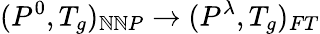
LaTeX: (P^{0},T_{g})_{\mathbb{N}\mathbb{N}P}\rightarrow(P^{\lambda},T_{g})_{FT}